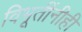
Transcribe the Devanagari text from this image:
विभूतींनीही